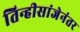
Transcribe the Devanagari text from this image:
तिन्हीसांजेनंतर